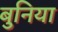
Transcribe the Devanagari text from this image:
बुनिया